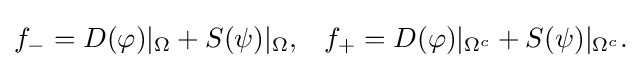
\displaystyle {f_{-}=D(\varphi )|_{\Omega }+S(\psi )|_{\Omega },\,\,\,\,\,f_{+}=D(\varphi )|_{\Omega ^{c}}+S(\psi )|_{\Omega ^{c}}.}